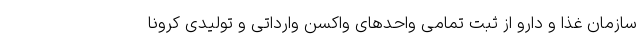
سازمان غذا و دارو از ثبت تمامی واحدهای واکسن وارداتی و تولیدی کرونا